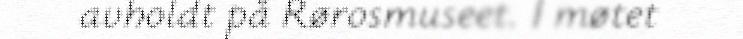
avholdt på Rørosmuseet. I møtet